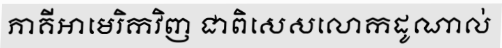
ភាគីអាមេរិកវិញ ជាពិសេសលោកដូណាល់